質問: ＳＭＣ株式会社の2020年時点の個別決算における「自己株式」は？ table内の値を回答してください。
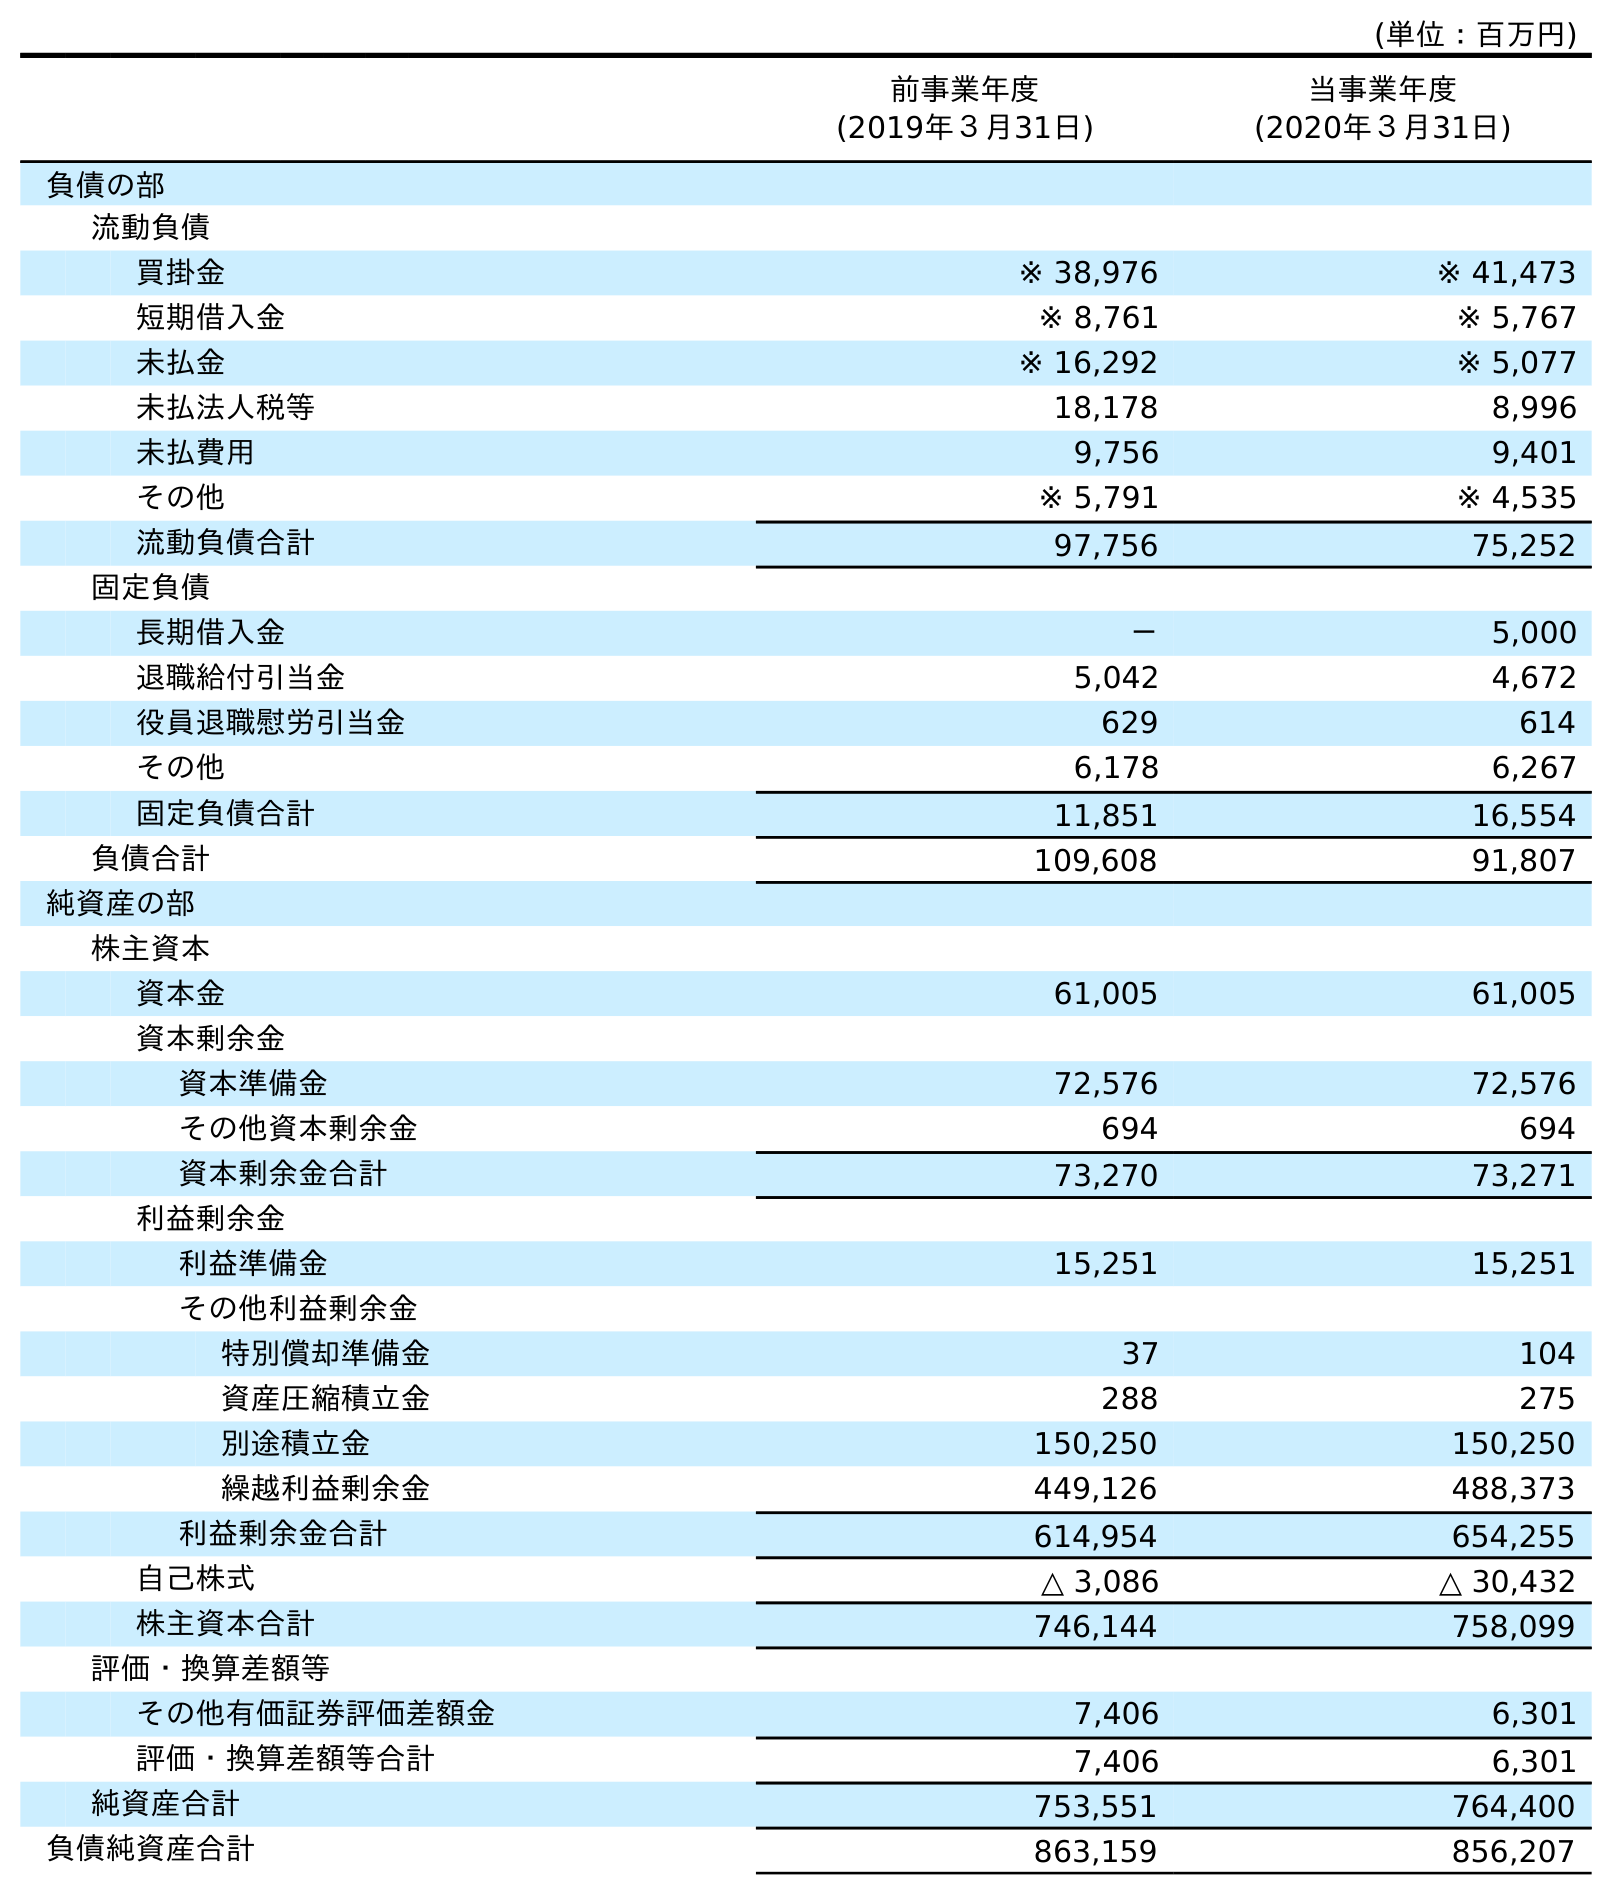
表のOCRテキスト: (単位：百万円) 前事業年度 (2019年３月31日) 当事業年度 (2020年３月31日) 負債の部 流動負債 買掛金 ※ 38,976 ※ 41,473 短期借入金 ※ 8,761 ※ 5,767 未払金 ※ 16,292 ※ 5,077 未払法人税等 18,178 8,996 未払費用 9,756 9,401 その他 ※ 5,791 ※ 4,535 流動負債合計 97,756 75,252 固定負債 長期借入金 － 5,000 退職給付引当金 5,042 4,672 役員退職慰労引当金 629 614 その他 6,178 6,267 固定負債合計 11,851 16,554 負債合計 109,608 91,807 純資産の部 株主資本 資本金 61,005 61,005 資本剰余金 資本準備金 72,576 72,576 その他資本剰余金 694 694 資本剰余金合計 73,270 73,271 利益剰余金 利益準備金 15,251 15,251 その他利益剰余金 特別償却準備金 37 104 資産圧縮積立金 288 275 別途積立金 150,250 150,250 繰越利益剰余金 449,126 488,373 利益剰余金合計 614,954 654,255 自己株式 △ 3,086 △ 30,432 株主資本合計 746,144 758,099 評価・換算差額等 その他有価証券評価差額金 7,406 6,301 評価・換算差額等合計 7,406 6,301 純資産合計 753,551 764,400 負債純資産合計 863,159 856,207
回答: △30,432